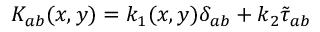
K _ { a b } ( x , y ) = k _ { 1 } ( x , y ) \delta _ { a b } + k _ { 2 } { \tilde { \tau } } _ { a b }